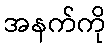
အနက်ကို